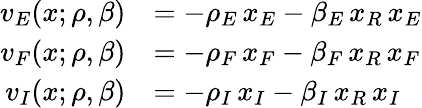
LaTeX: \begin{array}{rl}{v_{E}(x;\rho,\beta)}&{=-\rho_{E}\, x_{E}-\beta_{E}\, x_{R}\, x_{E}}\\ {v_{F}(x;\rho,\beta)}&{=-\rho_{F}\, x_{F}-\beta_{F}\, x_{R}\, x_{F}}\\ {v_{I}(x;\rho,\beta)}&{=-\rho_{I}\, x_{I}-\beta_{I}\, x_{R}\, x_{I}}\end{array}